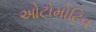
ઓટોમોટિવ